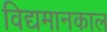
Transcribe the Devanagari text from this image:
विद्यमानकाल